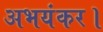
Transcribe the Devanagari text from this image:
अभयंकर।